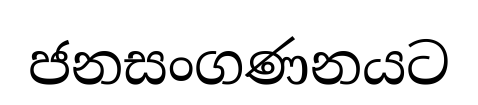
ජනසංගණනයට